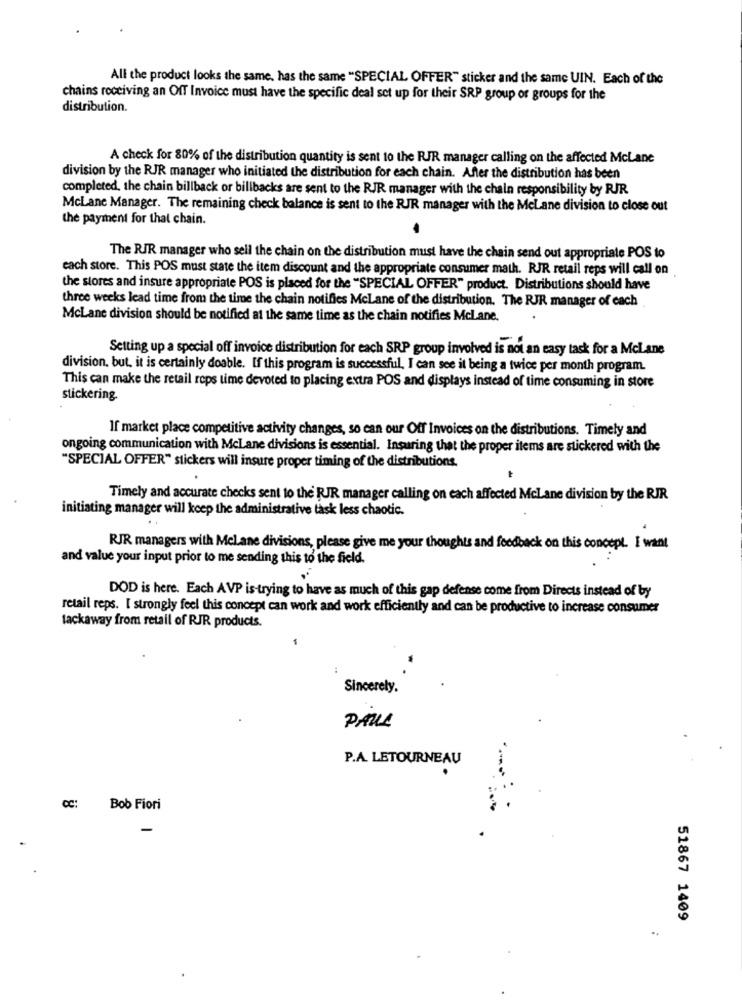
All the product looks the same, has the same "SPECIAL OFFER" sticker and the same UIN. Each of the
chains receiving an Off Invoice must have the specific deal set up for their SRP group or groups for the
distribution.
A check for 80% of the distribution quantity is sent to the RIR manager calling on the affected McLane
division by the RJR manager who initiated the distribution for each chain. After the distribution has been
completed, the chain billback or billbacks are sent to the RJR manager with the chain responsibility by RJR
McLane Manager. The remaining check balance is sent to the RJR manager with the MeLane division to close out
the payment for that chain.
The RIR manager who sell the chain on the distribution must have the chain send out appropriate POS to
each store. This POS must state the item discount and the appropriate consumer math. RJR retail reps will call on
the stores and insure appropriate POS is placed for the "SPECIAL OFFER" product. Distributions should have
three weeks lead time from the time the chain notifies McLane of the distribution. The RJR manager of each
McLane division should be notified at the same time as the chain notifies Mclane.
Setting up a special off invoice distribution for each SRP group involved is not an easy task for a Mclane
division, but, it is certainly doable. If this program is successful, I can see it being a twice per month program.
This can make the retail reps time devoted to placing extra POS and displays instead of time consuming in store
stickering.
If market place competitive activity changes, so can our Off Invoices on the distributions. Timely and
ongoing communication with McLane divisions is essential. Insuring that the proper items are stickered with the
"SPECIAL OFFER" stickers will insure proper timing of the distributions.
Timely and accurate checks sent to the RJR manager calling on each affected Mclane division by the RJR
initiating manager will keep the administrative task less chaotic.
RJR managers with Mclane divisions, please give me your thoughts and feedback on this concept. I want
and value your input prior to me sending this to the field.
DOD is here. Each AVP is trying to have as much of this gap defense come from Directs instead of by
retail reps. I strongly feel this concept can work and work efficiently and can be productive to increase consumer
tackaway from retail of RJR products.
Sincerely.
PAUL
P.A. LETOURNEAU
CC: Bob Fiori
-
51867 1409